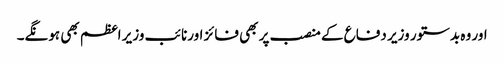
اور وہ بدستور وزیر دفاع کے منصب پر بھی فائز اورنائب وزیر اعظم بھی ہونگے۔